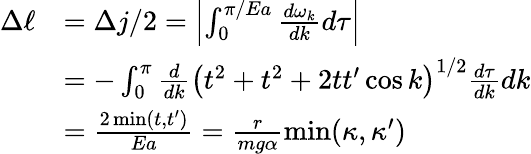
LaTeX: \begin{array}{rl}{\Delta\ell}&{=\Delta j/2=\left|\int_{0}^{\pi/Ea}\frac{d\omega_{k}}{dk}d\tau\right|}\\ &{=-\int_{0}^{\pi}\frac{d}{dk}\left(t^{2}+t^{2}+2tt^{\prime}\cos k\right)^{1/2}\frac{d\tau}{dk}dk}\\ &{=\frac{2\operatorname*{min}(t,t^{\prime})}{Ea}=\frac{r}{mg\alpha}\operatorname*{min}(\kappa,\kappa^{\prime})}\end{array}